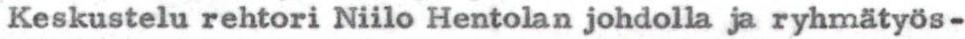
Keskustelu rehtori Niilo Hentolan johdolla ja ryhmätyös-